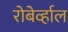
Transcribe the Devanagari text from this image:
रोबेर्व्हाल